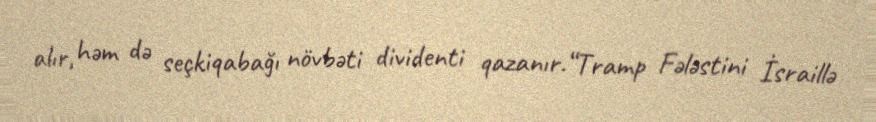
alır, həm də seçkiqabağı növbəti dividenti qazanır.“Tramp Fələstini İsraillə